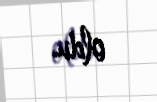
oldu.